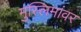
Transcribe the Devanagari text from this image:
मुस्लिमांवर